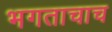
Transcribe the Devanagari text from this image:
भगताचाच